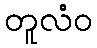
တူလံဝ